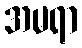
အမရာ